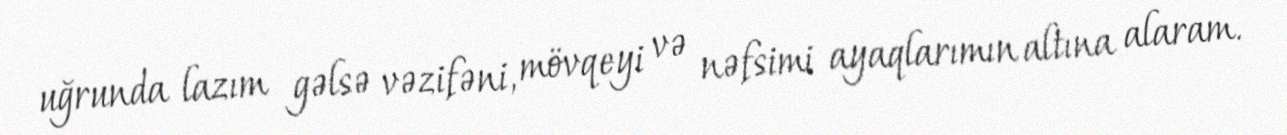
uğrunda lazım gəlsə vəzifəni, mövqeyi və nəfsimi ayaqlarımın altına alaram.